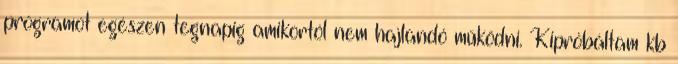
programot egészen tegnapig amikortól nem hajlandó működni. Kipróbáltam kb